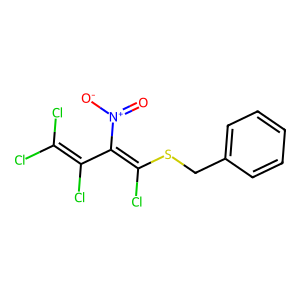
SMILES: O=[N+]([O-])C(=C(Cl)SCc1ccccc1)C(Cl)=C(Cl)Cl
Inhibits HIV replication: No